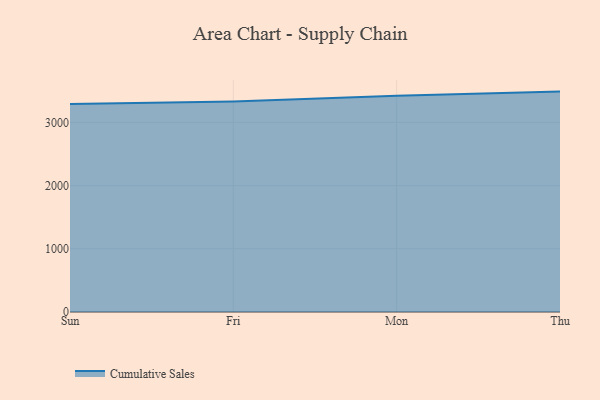
{"axis": {"x": "Day", "y": "Production Output"}, "legend": ["Cumulative Sales"], "data": [{"x": "Sun", "y": 3291.3, "type": "Cumulative Sales"}, {"x": "Fri", "y": 3332.3, "type": "Cumulative Sales"}, {"x": "Mon", "y": 3422.2, "type": "Cumulative Sales"}, {"x": "Thu", "y": 3488.1, "type": "Cumulative Sales"}]}